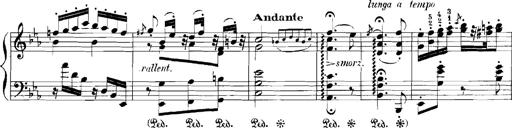
Title: Rhapsodies hongroises
Composer: Franz Liszt